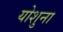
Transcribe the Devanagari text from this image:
योशुना